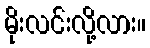
မိုးလင်းလို့လား။